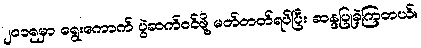
၂၀၁၅မှာ ရွေးကောက် ပွဲဆက်ဝင်ဖို့ မတ်တတ်ရပ်ပြီး ဆန္ဒပြုခဲ့ကြတယ်။